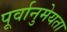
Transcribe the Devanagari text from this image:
पूर्वानुमेयता